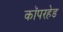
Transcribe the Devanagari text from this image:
कॉपरहेड